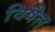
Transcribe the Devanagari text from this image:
विषैल